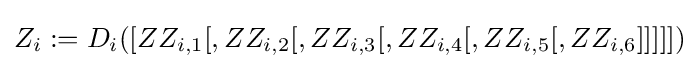
Z_{i}:=D_{i}([ZZ_{i,1}[,ZZ_{i,2}[,ZZ_{i,3}[,ZZ_{i,4}[,ZZ_{i,5}[,ZZ_{i,6}]]]]])